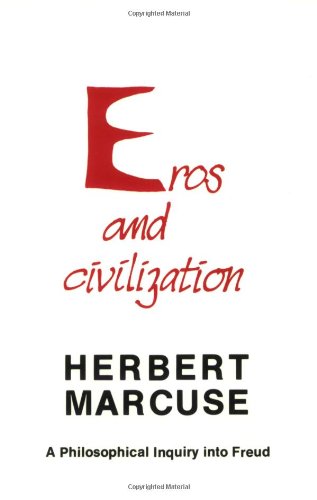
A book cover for Eros and Civilization : A Philosophical Inquiry into Freud; Herbert Marcuse; Medical Books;